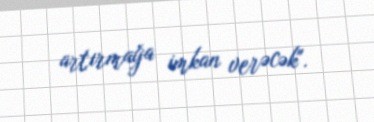
artırmağa imkan verəcək".